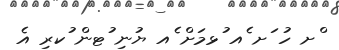
ްށ ހު ަށ ެއ ުޅމަށް ެއ ޔުނި ުޓން ުކރި އެ